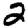
Digit: 2